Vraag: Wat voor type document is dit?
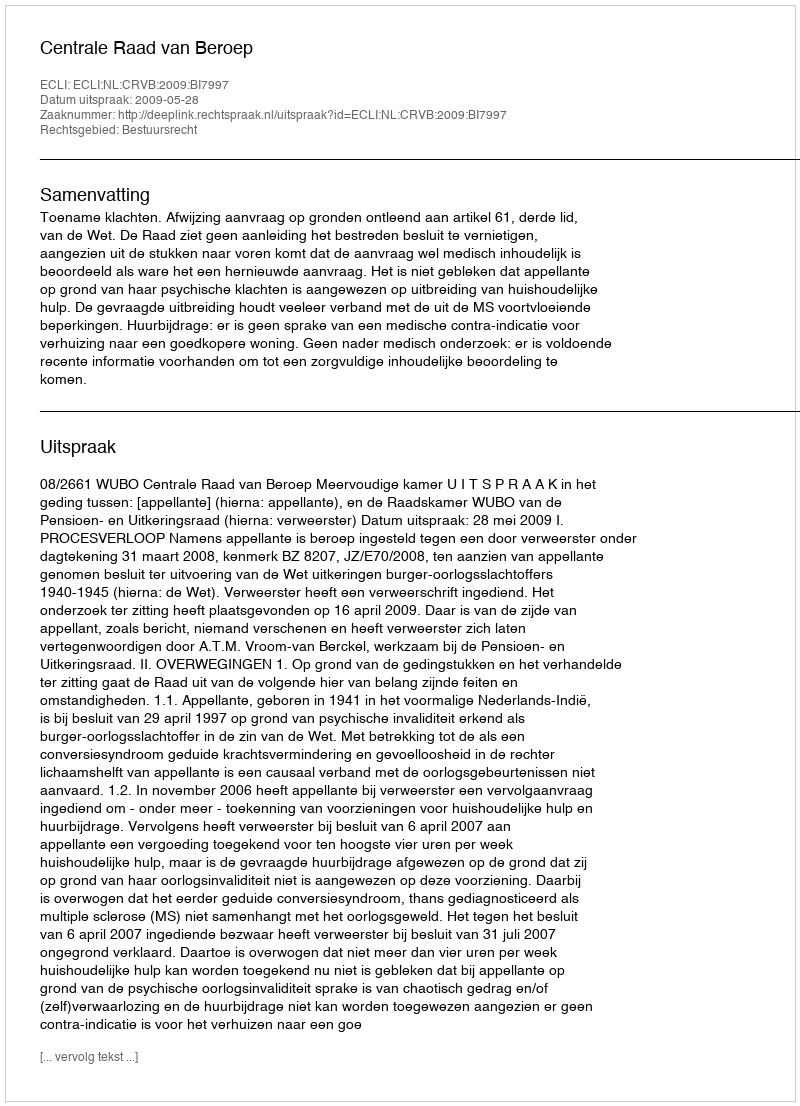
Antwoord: Uitspraak